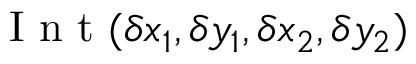
\mathrm { ~ I ~ n ~ t ~ } ( \delta x _ { 1 } , \delta y _ { 1 } , \delta x _ { 2 } , \delta y _ { 2 } )